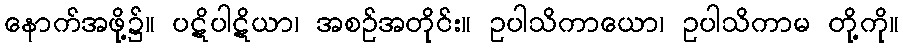
နောက်အဖို့၌။ ပဋိပါဋိယာ၊ အစဉ်အတိုင်း။ ဥပါသိကာယော၊ ဥပါသိကာမ တို့ကို။